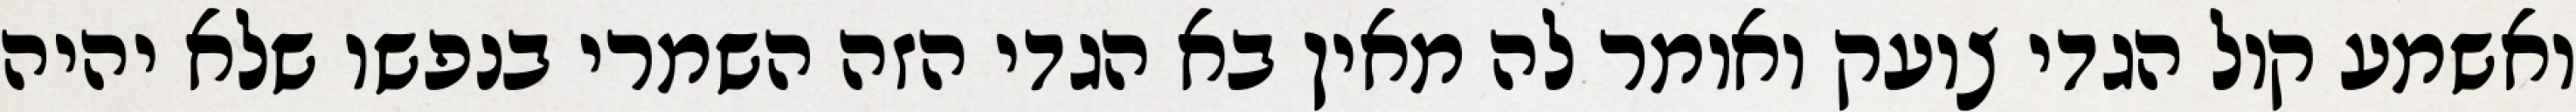
ואשמע קול הגדי צועק ואומר לה מאין בא הגדי הזה השמרי בנפשו שלא יהיה